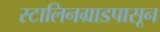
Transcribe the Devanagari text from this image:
स्टालिनग्राडपासून